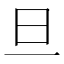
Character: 旦